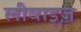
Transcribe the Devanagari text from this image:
लीवाइज़